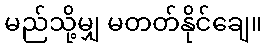
မည်သို့မျှ မတတ်နိုင်ချေ။